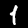
Digit: 1